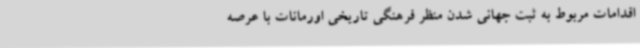
اقدامات مربوط به ثبت جهانی شدن منظر فرهنگی تاریخی اورمانات با عرصه